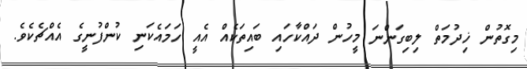
މިގޮތުން ޚިދުމަތް ލިބިގަންނަ މީހުން ދައްކާހައި ބައިތަކެއް އެއީ ހަމައެކަނި ކުންފުނީގެ އެއްޗެކެވެ.